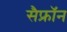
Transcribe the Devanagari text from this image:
सैफ्रॉन